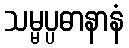
သမ္မပ္ပဓာနာနံ